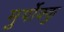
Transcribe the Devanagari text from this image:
मुर्पोक्कु